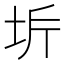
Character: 𭎋